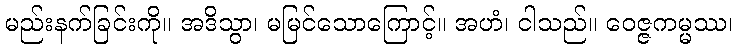
မည်းနက်ခြင်းကို။ အဒိသွာ၊ မမြင်သောကြောင့်။ အဟံ၊ ငါသည်။ ဝေဇ္ဇကမ္မဿ၊